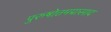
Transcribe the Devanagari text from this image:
पुरुषोत्तमप्रासाद